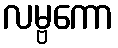
လမ္ဗကော